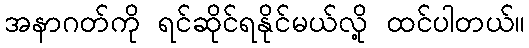
အနာဂတ်ကို ရင်ဆိုင်ရနိုင်မယ်လို့ ထင်ပါတယ်။